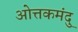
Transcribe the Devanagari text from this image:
ओत्तकमंदु